Vaccination in Bombay 1863-1868 - 1863-1868
Year: 1863
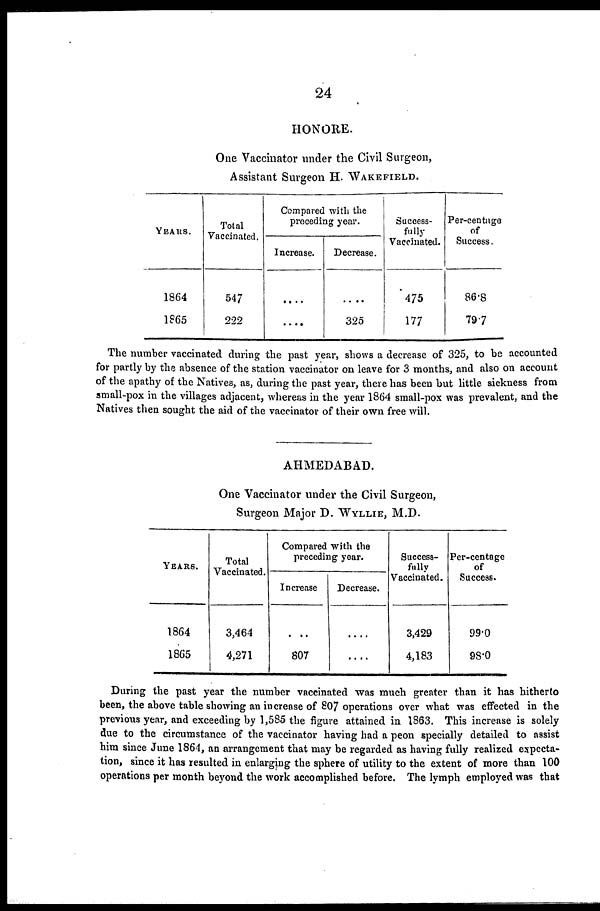
24
HONORE.
One Vaccinator under the Civil Surgeon,
Assistant Surgeon H. WAKEFIELD.
YEARS.
1864
1865
Total
Vaccinated.
547
222
Compared with the
preceding year.
Increase.
....
....
Decrease.
....
325
Success-
fully
Vaccinated.
475
177
Per-centage
of
Success.
86.8
79.7
The number vaccinated during the past year, shows a decrease of 325, to be accounted
for partly by the absence of the station vaccinator on leave for 3 months, and also on account
of the apathy of the Natives, as, during the past year, there has been but little sickness from
small-pox in the villages adjacent, whereas in the year 1864 small-pox was prevalent, and the
Natives then sought the aid of the vaccinator of their own free will.
AHMEDABAD.
One Vaccinator under the Civil Surgeon,
Surgeon Major D. WYLLIE, M.D.
YEARS.
1864
1865
Total
Vaccinated.
3,464
4,271
Compared with the
preceding year.
Increase
....
807
Decrease.
....
....
Success-
fully
Vaccinated.
3,429
4,183
Per-centage
of
Success.
99.0
98.0
During the past year the number vaccinated was much greater than it has hitherto
been, the above table showing an increase of 807 operations over what was effected in the
previous year, and exceeding by 1,585 the figure attained in 1863. This increase is solely
due to the circumstance of the vaccinator having had a peon specially detailed to assist
him since June 1864, an arrangement that may be regarded as having fully realized expecta-
tion, since it has resulted in enlarging the sphere of utility to the extent of more than 100
operations per month beyond the work accomplished before. The lymph employed was that